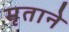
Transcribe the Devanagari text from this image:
मृताने